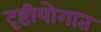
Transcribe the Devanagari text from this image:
दृष्टीयोगात